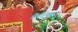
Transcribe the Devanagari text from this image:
फ्रैटिनो